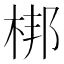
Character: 梆